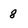
Character: 8